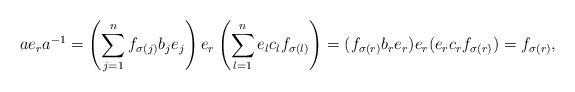
\begin{align*}ae_{r}a^{-1}= \left(\sum_{j=1}^{n}f_{\sigma(j)}b_{j}e_{j}\right)e_{r}\left(\sum_{l=1}^{n}e_{l}c_{l}f_{\sigma(l)}\right)= (f_{\sigma(r)}b_{r}e_{r}) e_{r} (e_{r}c_{r}f_{\sigma(r)})= f_{\sigma(r)},\end{align*}